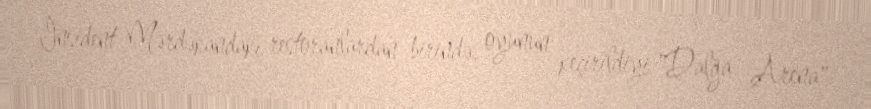
İnsident Mərdəkandakı restoranlardan birində, oyunun keçirildiyi "Dalğa Arena"